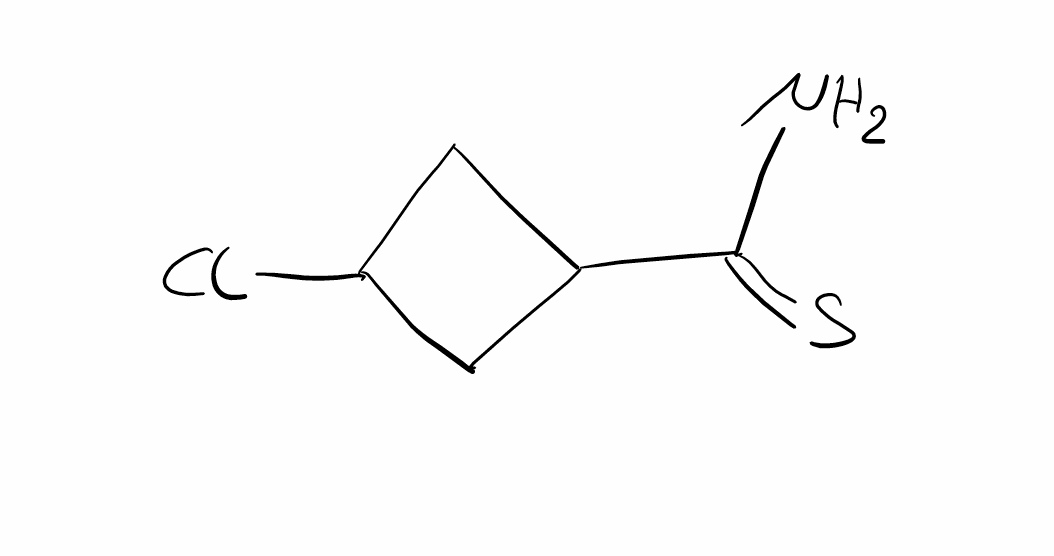
Simplified molecular-input line-entry system (SMILES) notation of the given molecule:
C1C(CC1Cl)C(=S)N